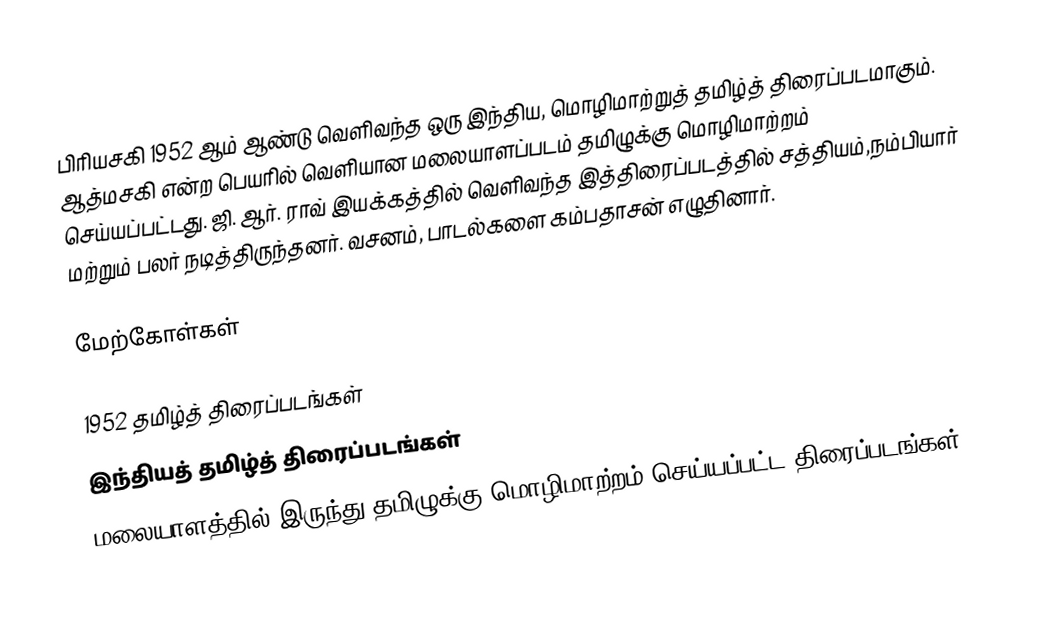
பிரியசகி 1952 ஆம் ஆண்டு வெளிவந்த ஒரு இந்திய, மொழிமாற்றுத் தமிழ்த் திரைப்படமாகும். ஆத்மசகி என்ற பெயரில் வெளியான மலையாளப்படம் தமிழுக்கு மொழிமாற்றம் செய்யப்பட்டது. ஜி. ஆர். ராவ் இயக்கத்தில் வெளிவந்த இத்திரைப்படத்தில் சத்தியம்,நம்பியார் மற்றும் பலர் நடித்திருந்தனர். வசனம், பாடல்களை கம்பதாசன் எழுதினார்.

மேற்கோள்கள்

1952 தமிழ்த் திரைப்படங்கள்
இந்தியத் தமிழ்த் திரைப்படங்கள்
மலையாளத்தில் இருந்து தமிழுக்கு மொழிமாற்றம் செய்யப்பட்ட திரைப்படங்கள்